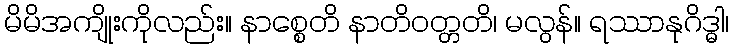
မိမိအကျိုးကိုလည်း။ နာစ္စေတိ နာတိဝတ္တတိ၊ မလွန်။ ရဿာနုဂိဒ္ဓါ၊